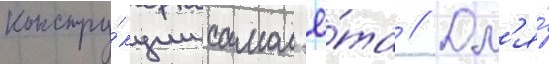
констру́кции самол'ё́та // Дл'я́